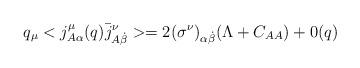
LaTeX: \begin{align*}q_\mu < j_{A \alpha}^\mu (q) \bar{j}_{A \dot{\beta}}^\nu > =2 (\sigma^\nu)_{\alpha \dot{\beta}}(\Lambda + C_{AA} ) + 0 (q)\end{align*}